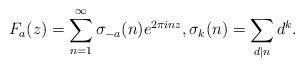
LaTeX: \begin{align*} F_a (z) = \sum_{n = 1}^{\infty} \sigma_{- a} (n) e^{2 \pi i n z}, \sigma_k (n) = \sum_{d|n} d^k . \end{align*}